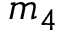
m _ { 4 }